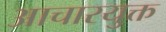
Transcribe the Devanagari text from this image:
आचारयुक्त